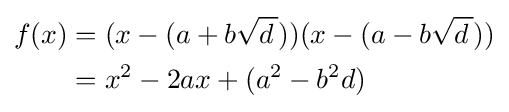
{\begin{aligned}f(x)&=(x-(a+b{\sqrt {d\,}}))(x-(a-b{\sqrt {d\,}}))\\&=x^{2}-2ax+(a^{2}-b^{2}d)\end{aligned}}